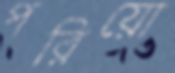
পরিয়ো